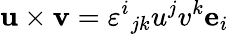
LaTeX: \mathbf{u}\times\mathbf{v}=\varepsilon^{i}{}_{jk}u^{j}v^{k}\mathbf{e}_{i}